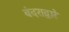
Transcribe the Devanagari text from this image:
बंदराद्वारे